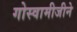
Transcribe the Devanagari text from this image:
गोस्वामीजीने